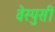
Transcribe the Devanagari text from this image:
वेस्पुसी